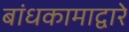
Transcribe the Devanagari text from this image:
बांधकामाद्वारे